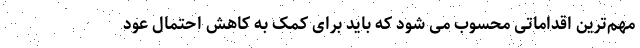
مهم‌ترین اقداماتی محسوب می شود که باید برای کمک به کاهش احتمال عود